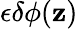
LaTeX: \epsilon\delta\phi(\mathbf{z})